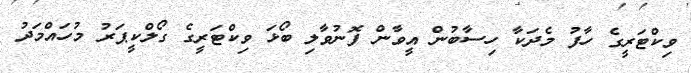
ވިކްޓަރީގެ ހާފު މެދަކާ ހިސާބުން އީވާން ފޮނުވާލި ބޯޅަ ވިކްޓަރީގެ ގޯލްކީޕަރު މުހައްމަދު